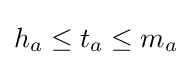
h_{a}\leq t_{a}\leq m_{a}